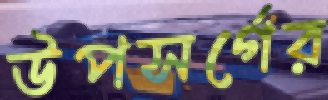
উপসর্গের